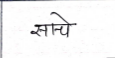
मजकूर: साचे